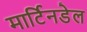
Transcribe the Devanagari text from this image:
मार्टिनडेल